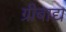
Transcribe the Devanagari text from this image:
ग्रीबाद्य